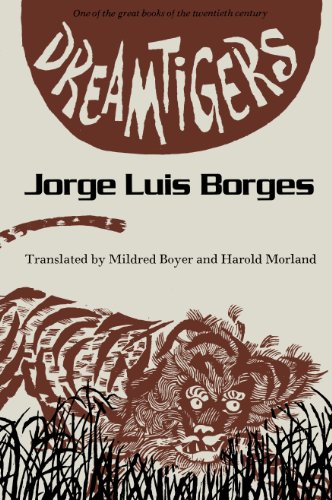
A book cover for Dreamtigers (Texas Pan American Series); Jorge Luis Borges; Literature & Fiction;